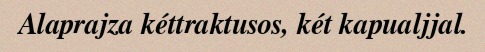
Alaprajza kéttraktusos, két kapualjjal.